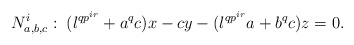
\begin{align*}N^i_{a, b, c}: \; (\l^{qp^{ir}} + a^q c)x - cy - (\l^{qp^{ir}} a + b^q c)z = 0.\end{align*}